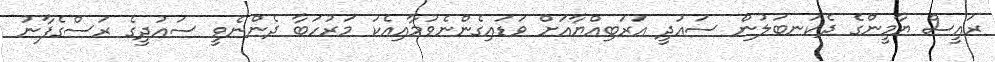
ރައީސް ޔާމީންގެ ދެކަނބަލުން ސައުދީ އަރަބިއްޔާއަށް ވަޑައިގެންނެވުމާއިއެކު މަރުހަބާ ދެންނެވީ ސައުދީގެ ރަސްގެފާނު